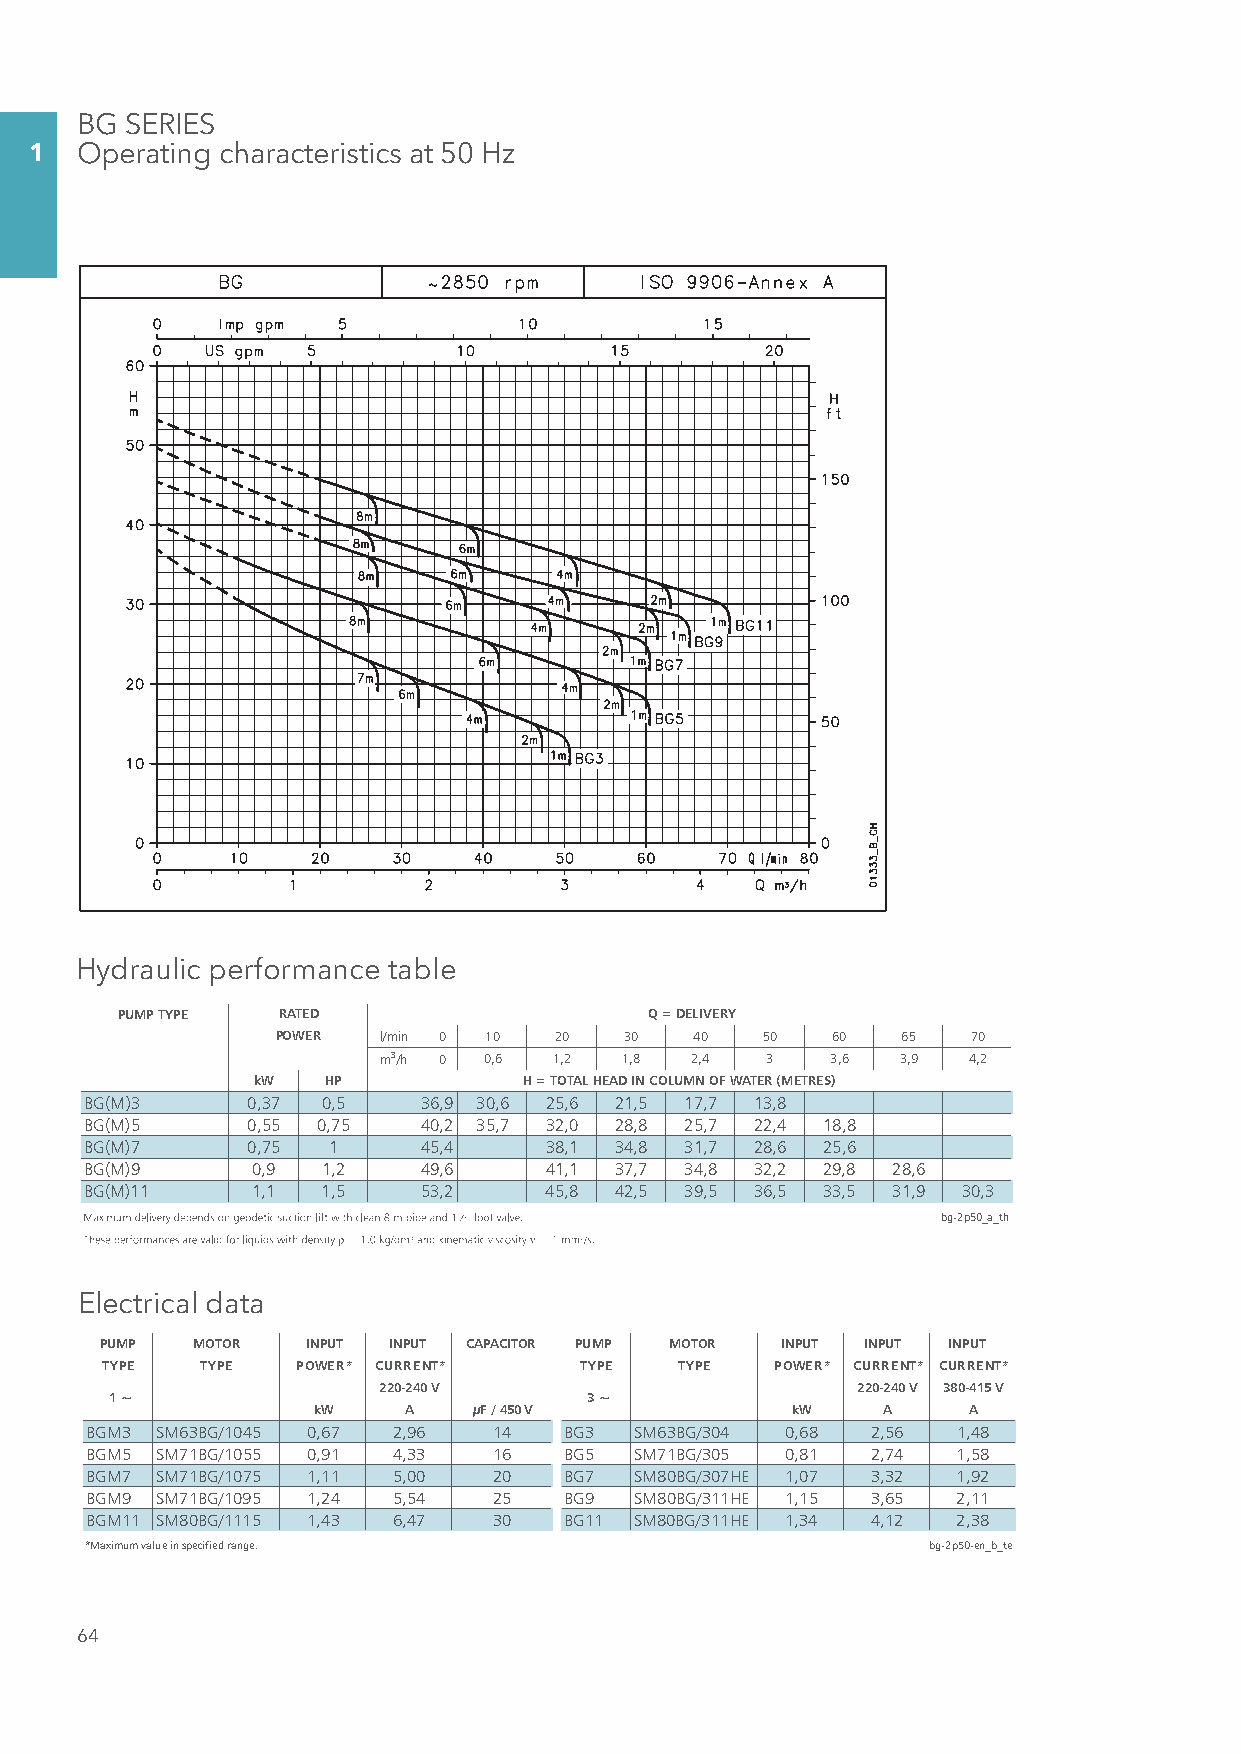
BG SERIES
 1  Operating characteristics at 50 Hz
 Hydraulic performance table
 PUMP TYPE  RATED                   Q = DELIVERY
 POWER  l/min 0 10  20   30  40   50  60   65  70
 m3/h 0 0,6  1,2 1,8  2,4  3   3,6  3,9 4,2
 kW   HP           H = TOTAL HEAD IN COLUMN OF WATER (METRES)
 BG(M)3     0,37 0,5   36,9 30,6 25,6 21,5 17,7 13,8
 BG(M)5     0,55 0,75  40,2 35,7 32,0 28,8 25,7 22,4 18,8
 BG(M)7     0,75 1     45,4    38,1 34,8 31,7 28,6 25,6
 BG(M)9     0,9  1,2   49,6    41,1 37,7 34,8 32,2 29,8 28,6
 BG(M)11    1,1  1,5   53,2    45,8 42,5 39,5 36,5 33,5 31,9 30,3
 bg-2p50_a_th
 Electrical data
 PUMP  MOTOR   INPUT INPUT CAPACITOR PUMP MOTOR INPUT INPUT INPUT
 TYPE  TYPE   POWER* CURRENT*    TYPE  TYPE  POWER* CURRENT* CURRENT*
 220-240 V                       220-240 V 380-415 V
 1 ~                             3 ~
 kW    A    μF / 450 V           kW    A    A
 BGM3 SM63BG/1045 0,67 2,96 14   BG3 SM63BG/304 0,68 2,56  1,48
 BGM5 SM71BG/1055 0,91 4,33 16   BG5 SM71BG/305 0,81 2,74  1,58
 BGM7 SM71BG/1075 1,11 5,00 20   BG7 SM80BG/307HE 1,07 3,32 1,92
 BGM9 SM71BG/1095 1,24 5,54 25   BG9 SM80BG/311HE 1,15 3,65 2,11
 BGM11 SM80BG/1115 1,43 6,47 30  BG11 SM80BG/311HE 1,34 4,12 2,38
 *Maximum value in specified range.                      bg-2p50-en_b_te
 64
 SSeezziioonnee__0011__uukk..iinndddd 6644                                 0077//0033//1122 1155..2277